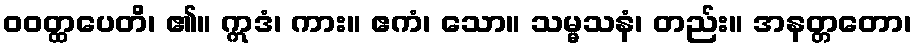
ဝဝတ္ထပေတိ၊ ၏။ ဣဒံ၊ ကား။ ဧကံ၊ သော။ သမ္မသနံ၊ တည်း။ အနတ္တတော၊